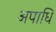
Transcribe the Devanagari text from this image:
अपाधि